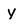
Character: y